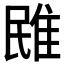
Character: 𨾧